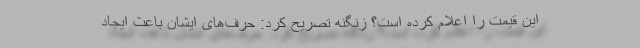
این قیمت را اعلام کرده است؟ زنگنه تصریح کرد: حرف‌های ایشان باعث ایجاد